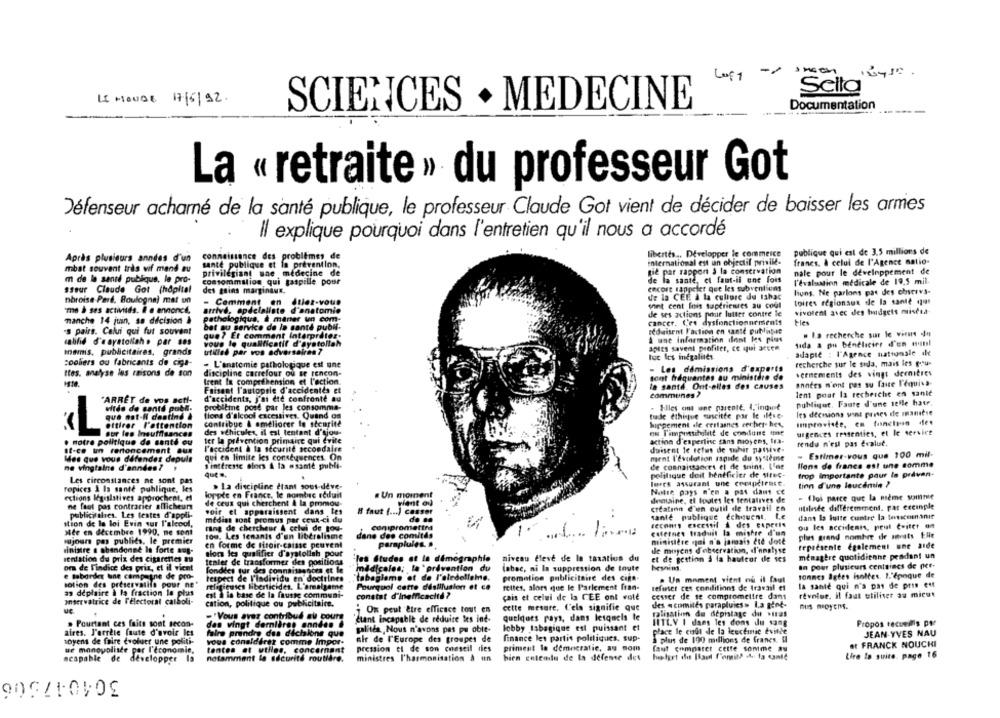
Loft -- >
Sello
15 MONDE 17/5/92.
SCIENCES . MEDECINE
Documentation
La « retraite » du professeur Got
Défenseur acharné de la santé publique, le professeur Claude Got vient de décider de baisser les armes
Il explique pourquoi dans l'entretien qu'il nous a accordé
publique qui est de 3.5 millions de
Après plusieurs années d'un
connaissance des problèmes de
libertés .. Développer le commerce
santé publique et la prevention,
International est un objectif privile-
francs. & celui de l'Agence natio-
mbat souvent très wif mand au
privilégiant une médecine de
nie par rapport à la conservation
nale pour le développement de
m de la santé publique, le pro-
de la sante, et faut-il une fois
comsommilion qui gaspille pour
encore rappeler que les subventions
l'évaluation medicale de 19,5 mil.
sseur Claude Got (hôpital
des gains marginaux.
liuns. Ne parlons pas des chsctvs-
nbroise Pard, Boulogne) mat un
- Comment an Allez-vous
de la CEE A la culture du lahac
toires régionaux de la sante quar
arrivé, opdelaliste d'anatomie
sont cent fois supérieures au coul
me à ses activiids. Il e annoncé,
de ses actions pour lutter contre le
vivotent avec des budgets miscia-
manche 14 juin, sa décision à
Pathologique, & manter un com-
cancer. C'et dysfonctionnements
Fles
's pairs. Celui qui fut souvent
bat au service de la santé publi-
réduisent l'action en santé publisie
que? Et comment Interpréter.
. la recherche sur le virus de
labilis d'e ayatollah. par ses
vous le qualificatif d'ayatollah
A une Information dont les plus
sida a pu benelicier d'un eunl
Inamis, publicitaires, grands
uufilled par vos adversaires 7
apies savent profiler, ce qui accen
adapté : l'Agence nationale ile
luc les inégalités.
cooliers ou fabricants de ciga-
- L'anatomie pathologique est une
recherche sur le sida, mais les pou-
Ites. analyse les raisons de son
discipline carrefour ou se rencon-
- Les démissions d'experts
vernements des vingt deenitres
trent In compréhension et l'action.
sont fréquentes au ministère de
la santé. Ont-elles des causes
années n'ont pas su faute l'équiva-
Faisant l'autopsie d'accidentes et
Communes ?
lent pour la recherche en santé
"ARRÊT de vos seti-
d'accidents, j'ai die confronté au
publique, Faute d'une telle hatr.
Mitde de santé poe
probiline post par les consomme-
. Elles ont une parente. 1,"indu ?
que not-ll destiné à
flens d'alcool excessives. Quand on
trade ethinque suscitte por le ilfve-
Its decisions wins prises de manière
attirer l'attention
contribue & améliorer le sécurité
hippement ale crifases recher- her,
Improviste, en tanclean des
des véhicules, il cal tentant d'sjou-
qu Timpossibililt de condune tine
our fes Insuffisances
urgences ressenties, et le service
. notre politique de santé ou
ter la prévention primaire qui Evite
action d'expertise sans moyens, tra-
rendu n'est pas évalue.
It-ce un renoncement aux
l'accident à la sécurité secondaire
duisent le refus de subir passive-
Mes que vous défendez depuis
qui en limite les consequences. On
ment l'évolution rapide du système
. Estimer-vous que 100 mil-
ne vingtaine d'annden? !
S'intéresse alors A la asante publi-
de connaissances ei de soins. L'ac
llens de francs est une somme
que ..
politique doit hentficier de struc-
trop Importante pour la preven-
Les circonstances ne sont pas
ropices ) la santé publique, kes
> La discipline étant sous-deve-
lures assurant une cecapdirect.
tinn d'une leucemia ?
loppte en France, le nombre réduit
Un moment
Notre pays n'en a pas dant ce
ections Megaslatives approchent, el
de ceux qui cherchent A la promou-
dnetaine, i toutes les tentatives de
- foi parce que la meme somnie
ne faut pas contrarier alTicheurs
creatinn d'un outil de travail en
milesde différemment. par ereinple
publicitaires. Les textes d'appli-
voir et apparaissent dans les
8 faut ( ... ) casser
santé publique échouent. Le
dans la lutte contre la tescomanie
stion de la loi Evin sur l'alcool,
médias sont promus par ceux-ci du
de no
recons excessif & des experts
ou les accidents, peut Cvitet on
Mee en décembre 1990, ne sont
Fang de chercheur A celui de tou-
conipromettra
-
culetnes traduit la mishre d'un
100. Les tenants d'un libéralisme
dane des comités
plus grand nombre de struts EHe
yajours pas publics, le premier
en forme de tiroir-caisse peuvent
parapluies. a
ministère qui n'a jamais été dote
teprésente également une aide
sinistre a abandonné in forte aug-
alors les qualifier d'ayatollah pout
de moyens d'observation, d'analyse
sentation du prix des cigarettes au
"les études at la démographie
niveau tleve de la taxation du
et de gestion & la hauteor de ses
menagère quotidienne pendant un
ora de l'indice des prix, et il vient
tenter de transformer des positions
madicales; la 'prévention du
labee, ni la suppression de toute
In pour plusieurs centaines de pee-
e taborder une campagne de pro-
fonddes tur des connaissances et le
Tonnes Igtes isoltes. 1."époque de
respect de l'ladividu en doctrines
"tabagleme et de l'aledelleme.
promotion publicitaire des ciga-
. Un moment vient nu il faut
sotion des préservatifs pour ne*
religieuses liberticides. L'amalgame
Pourquoi cette désillusion et ce
rettes, alors que le Parlement fran-
refuser ces conditions de travail et
la santé qui n'a pas de pris ett
as déplaire à la fraction la plus
est à la base de la fausse communi-
constat d'inefficacité ?
cesser de se compromettre dans
revolue. Il faut utiliser au micut
onservatrice de l'Electoral catboli-
cation, politique ou publicitaire.
çais et celui de la CEE ont voté
des «comités parapluies » La gent-
ue
On peut être efficace tout en
cette mesure, L'els signifie que
nus moyens.
-"Vous avez contribud al cours
Ctant incapable de réduire les int-
quelques pays, dans lesquels le
ralisation de dépistage du .Itas
. Pourtant ces faits sont secon-
des vingt dernières années &
IITLV I dans les dons du sang
Propos recueilis par
aires. J'orrete faute d'avoir les
faire prendre des dichalone que
galitéa, Nous n'avons pas po oble-
lobby tabagique est puissant et
place le coût de la leecemnic evitte
JEAN-YVES NAU
nir de l'Europe des groupes de
finance les partis poldiques, sup-
a plus de 100 millions de francs. Il
toyens de faire évoluer une politi-
vous conalderet comme Impor-
Bt FRANCK NOUCHI
ur monopoliste par l'économie,
tentes et utlles, concernant
pression et de son conseil des
priment le democratie, 39 nom
faut comparer cette somme au
ncapable de
développer
notamment la sécurité routière.
ministres l'harmonisation À un
bien entendu de la defense des
Lire la suite. page 16
304047506